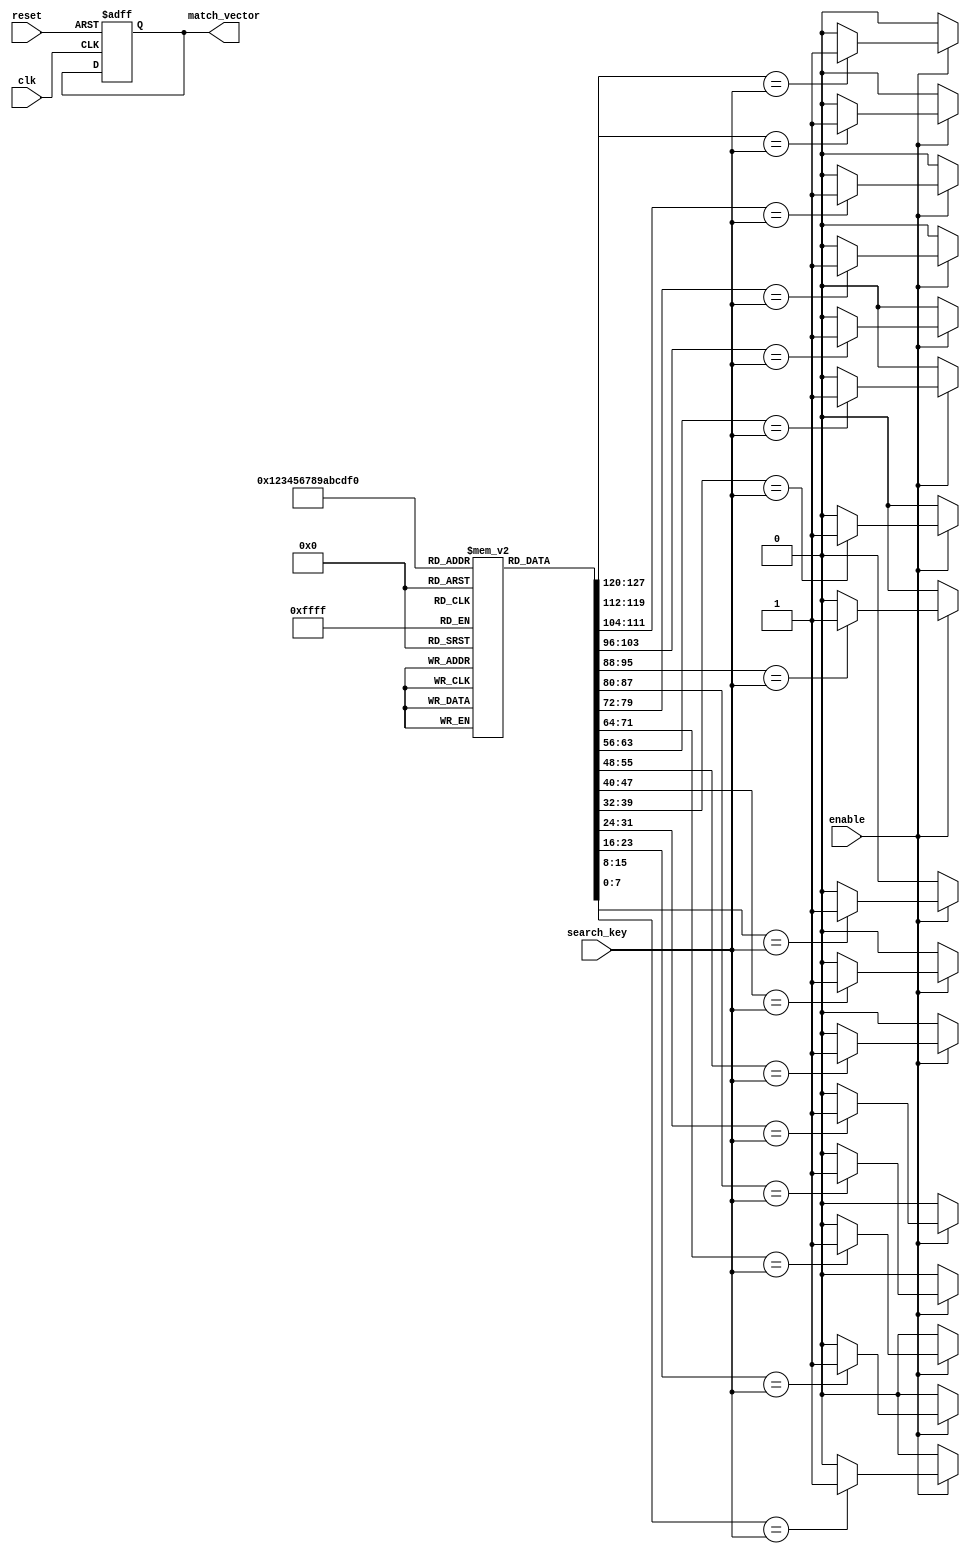
module MultimatchCAM #(
    parameter DEPTH = 16,       // Number of entries in the CAM
    parameter WIDTH = 8         // Width of each entry (number of bits)
)(
    input  wire                   clk,              // Clock signal
    input  wire                   enable,           // Enable signal for search operation
    input  wire [WIDTH-1:0]      search_key,       // Input key to search
    input  wire                   reset,            // Reset signal
    output reg  [DEPTH-1:0]      match_vector       // Match vector indicating matching entries
);

    // Memory array to hold the CAM entries
    reg [WIDTH-1:0] memory [0:DEPTH-1]; 

    integer i;

    // Initial block for memory initialization (optional)
    initial begin
        // You can initialize the memory contents here if required
        for (i = 0; i < DEPTH; i = i + 1) begin
            memory[i] = 0; // Initialize memory entries to 0
        end
    end

    // Combinatorial logic for match checking
    always @* begin
        // Default the match vector to zero
        match_vector = 0;

        // Check for matches only if the enable signal is high
        if (enable) begin
            for (i = 0; i < DEPTH; i = i + 1) begin
                if (memory[i] == search_key) begin
                    match_vector[i] = 1'b1; // Set the corresponding match bit
                end
            end
        end
    end

    // Control logic for resetting the CAM
    always @(posedge clk or posedge reset) begin
        if (reset) begin
            match_vector <= 0; // Reset match vector
        end
        // Additional control logic for read/write operations can be added here
    end

    // Task to write to the CAM (for dynamic updates)
    task write_entry(input [WIDTH-1:0] data, input [7:0] address);
        begin
            if (address < DEPTH) begin
                memory[address] = data; // Write data to the specified address
            end
        end
    endtask

endmodule